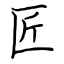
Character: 匠